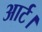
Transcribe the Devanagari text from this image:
आर्ट।